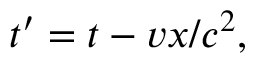
t ^ { \prime } = t - v x / c ^ { 2 } ,